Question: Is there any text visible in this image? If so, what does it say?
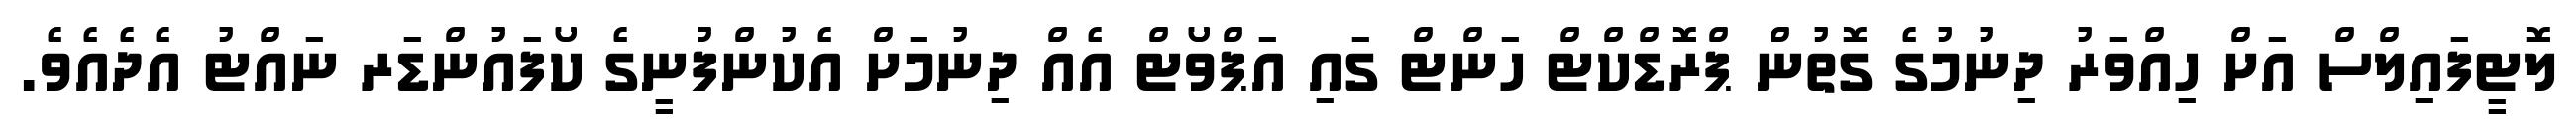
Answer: ލޮޓީފައިލްސް އަށް ހިއްވަރު ދިނުމުގެ ގޮތުން ޕްރޮޑްކްޓް ހަންޓް ގައި އަޕްވޯޓް އެއް ދިނުމަށް އެކުންފުނީގެ ކޯފައުންޑަރ ނައްޓު އެދެއެވެ.